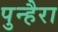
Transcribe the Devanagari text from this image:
पुन्हैरा